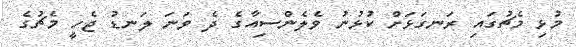
މުޅި މެޗުގައި ރަނގަޅަށް ކުޅުނު ވެލެންސިއާގެ ދެ ވަނަ ލަނޑު ޖެހީ މެޗުގެ